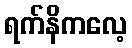
ရက်နိကလေ့